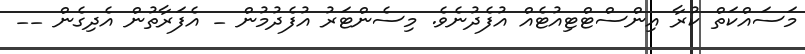
މަސައްކަތް ކުރާ އިންސްޓްޓިއުޓެއް އުފެދުނެވެ. މިސެންޓަރު އުފެދުމުން _ އެފަރާތުން އެދިގެން __